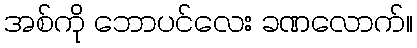
အစ်ကို ဘောပင်လေး ခဏလောက်။